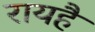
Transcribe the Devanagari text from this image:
रायहै